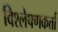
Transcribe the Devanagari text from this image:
विश्लेषणकर्त्ता